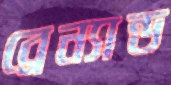
ব্রেন্যান্ড